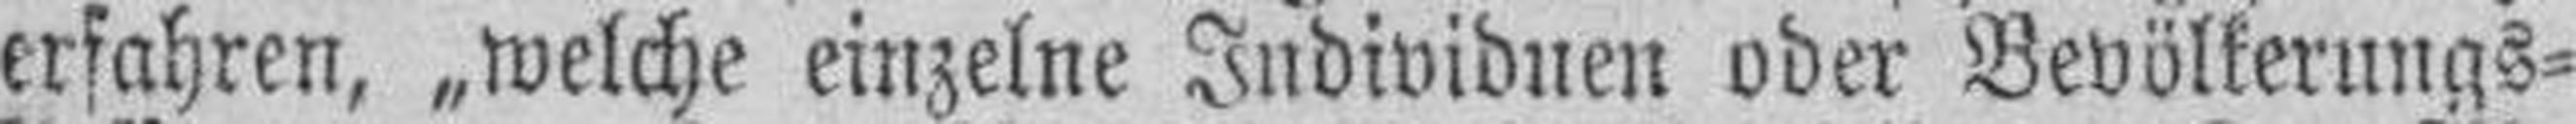
erfahren, „welche einzelne Individuen oder Bevölkerungs¬